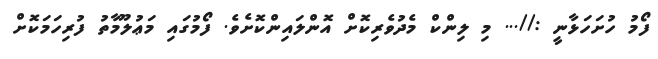
ފޯމު ހުށަހަޅާނީ ://... މި ލިންކް މެދުވެރިކޮށް އޮންލައިންކޮށެވެ. ފޯމުގައި މަޢުލޫމާތު ފުރިހަމަކޮށް